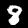
Label: 8